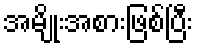
အမျိုးအစားဖြစ်ပြီး